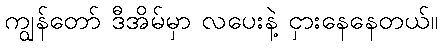
ကျွန်တော် ဒီအိမ်မှာ လပေးနဲ့ ငှားနေနေတယ်။